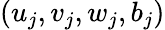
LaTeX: (u_{j},v_{j},w_{j},b_{j})